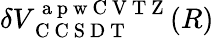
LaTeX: \delta V_{\mathrm{~C~C~S~D~T~}}^{\mathrm{~a~p~w~C~V~T~Z~}}(R)